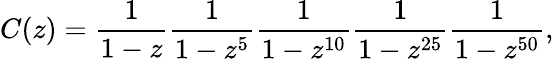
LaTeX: C(z)={\frac{1}{1-z}}{\frac{1}{1-z^{5}}}{\frac{1}{1-z^{10}}}{\frac{1}{1-z^{25}}}{\frac{1}{1-z^{50}}},